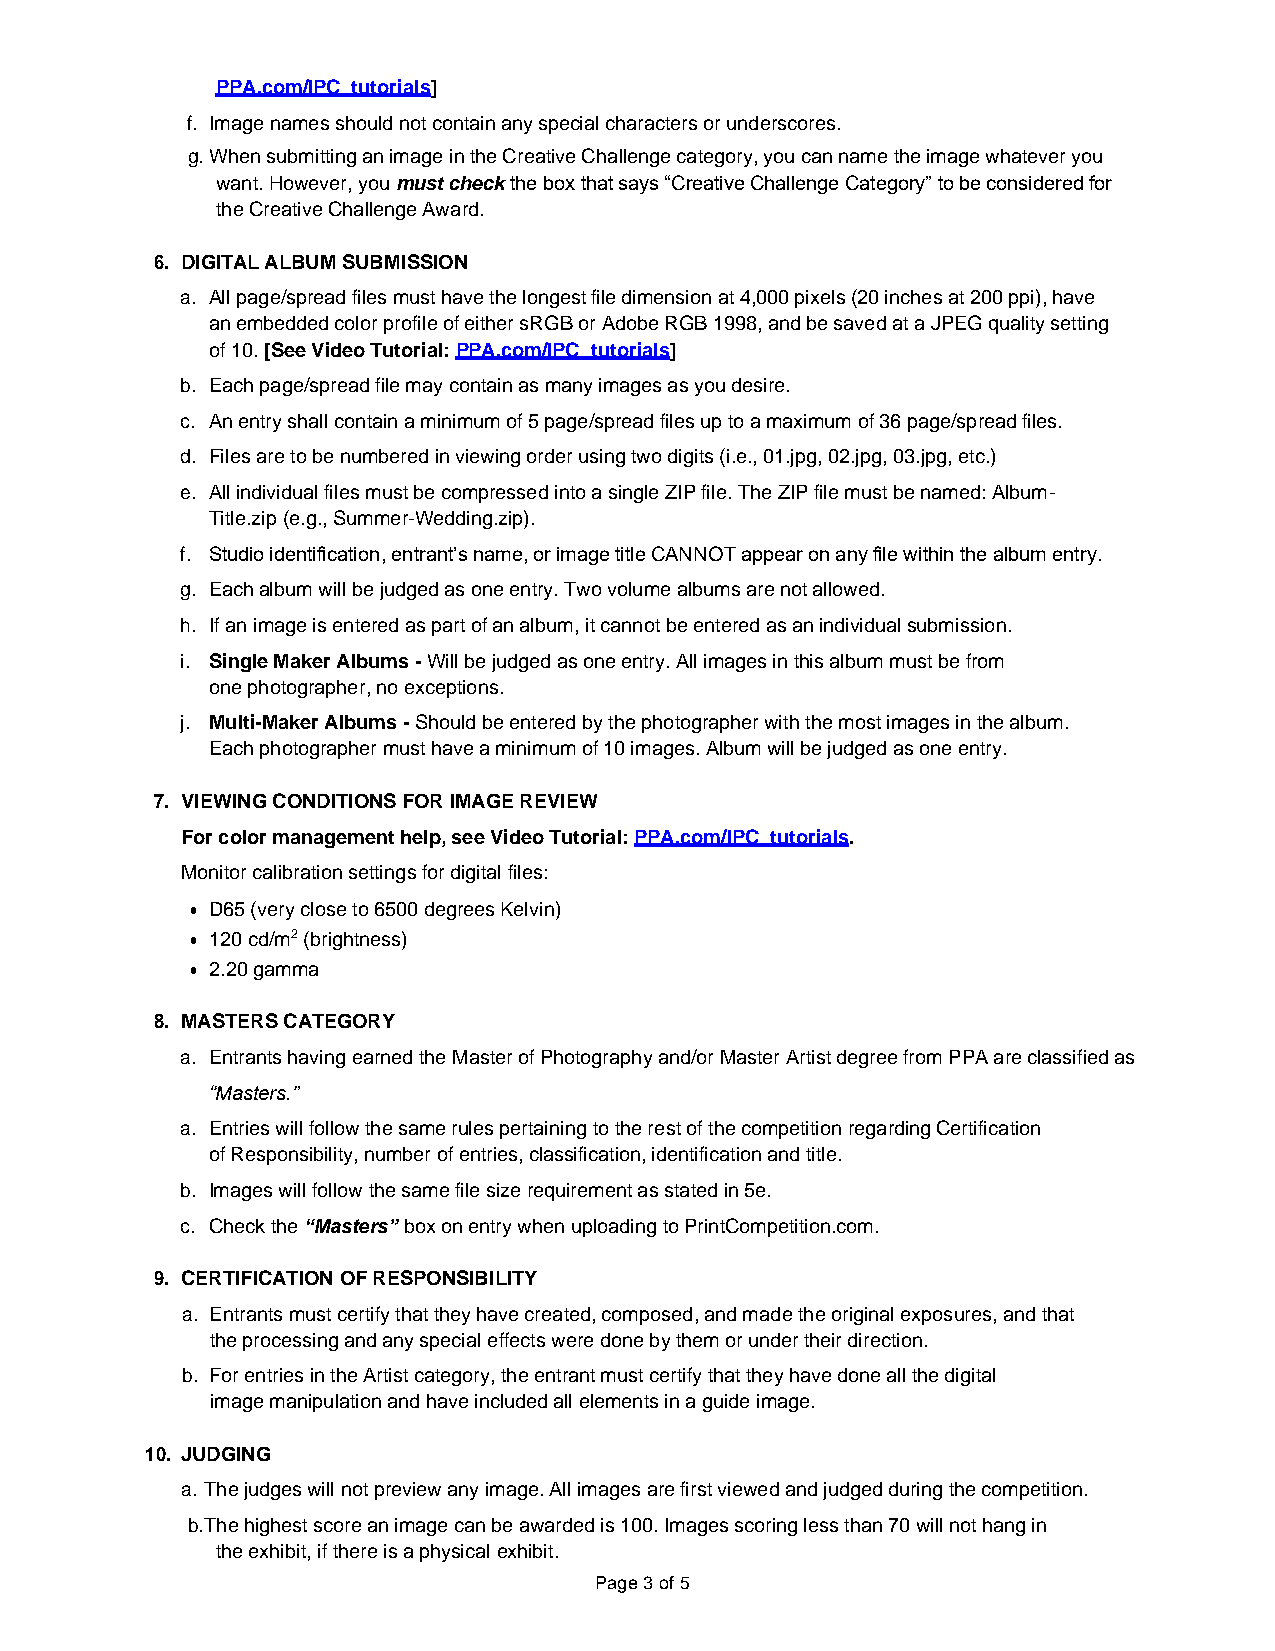
PPA.com/IPC_tutorials]
 f. Image names should not contain any special characters or underscores.
 g. When submitting an image in the Creative Challenge category, you can name the image whatever you
 want. However, you must check the box that says “Creative Challenge Category” to be considered for
 the Creative Challenge Award.
 6. DIGITAL ALBUM SUBMISSION
 a. All page/spread files must have the longest file dimension at 4,000 pixels (20 inches at 200 ppi), have
 an embedded color profile of either sRGB or Adobe RGB 1998, and be saved at a JPEG quality setting
 of 10. [See Video Tutorial: PPA.com/IPC_tutorials]
 b. Each page/spread file may contain as many images as you desire.
 c. An entry shall contain a minimum of 5 page/spread files up to a maximum of 36 page/spread files.
 d. Files are to be numbered in viewing order using two digits (i.e., 01.jpg, 02.jpg, 03.jpg, etc.)
 e. All individual files must be compressed into a single ZIP file. The ZIP file must be named: Album-
 Title.zip (e.g., Summer-Wedding.zip).
 f. Studio identification, entrant’s name, or image title CANNOT appear on any file within the album entry.
 g. Each album will be judged as one entry. Two volume albums are not allowed.
 h. If an image is entered as part of an album, it cannot be entered as an individual submission.
 i. Single Maker Albums - Will be judged as one entry. All images in this album must be from
 one photographer, no exceptions.
 j. Multi-Maker Albums - Should be entered by the photographer with the most images in the album.
 Each photographer must have a minimum of 10 images. Album will be judged as one entry.
 7. VIEWING CONDITIONS FOR IMAGE REVIEW
 For color management help, see Video Tutorial: PPA.com/IPC_tutorials.
 Monitor calibration settings for digital files:
 • D65 (very close to 6500 degrees Kelvin)
 • 120 cd/m2 (brightness)
 • 2.20 gamma
 8. MASTERS CATEGORY
 a. Entrants having earned the Master of Photography and/or Master Artist degree from PPA are classified as
 “Masters.”
 a. Entries will follow the same rules pertaining to the rest of the competition regarding Certification
 of Responsibility, number of entries, classification, identification and title.
 b. Images will follow the same file size requirement as stated in 5e.
 c. Check the “Masters” box on entry when uploading to PrintCompetition.com.
 9. CERTIFICATION OF RESPONSIBILITY
 a. Entrants must certify that they have created, composed, and made the original exposures, and that
 the processing and any special effects were done by them or under their direction.
 b. For entries in the Artist category, the entrant must certify that they have done all the digital
 image manipulation and have included all elements in a guide image.
 10. JUDGING
 a. The judges will not preview any image. All images are first viewed and judged during the competition.
 b. The highest score an image can be awarded is 100. Images scoring less than 70 will not hang in
 the exhibit, if there is a physical exhibit.
 Page 3 of 5